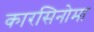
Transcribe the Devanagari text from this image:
कारसिनोमा